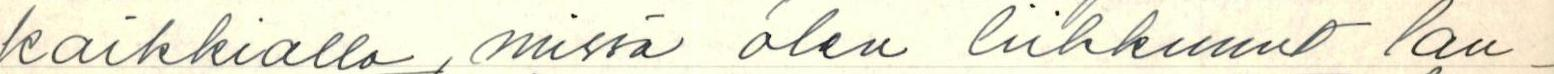
kaikkialla, missä olen liikkunut lau-